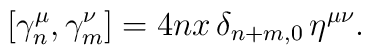
[\gamma_n^\mu, \gamma_m^\nu]=4nx\,\delta_{n+m,0} \,\eta^{\mu\nu}.